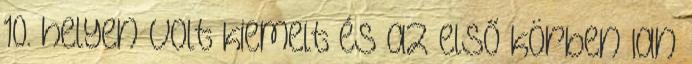
10. helyen volt kiemelt és az első körben Ian